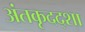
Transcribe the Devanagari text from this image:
अंतकृदद्शा